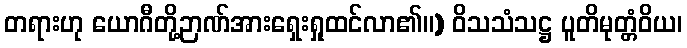
တရားဟု ယောဂီတို့ဉာဏ်အားရှေးရှုထင်လာ၏။) ဝိသသံသဋ္ဌ ပူတိမုတ္တံဝိယ၊